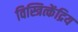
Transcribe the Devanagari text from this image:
विस्त्रित्केंद्रिय